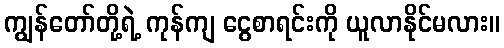
ကျွန်တော်တို့ရဲ့ ကုန်ကျ ငွေစာရင်းကို ယူလာနိုင်မလား။